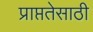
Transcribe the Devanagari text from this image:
प्राप्ततेसाठी